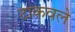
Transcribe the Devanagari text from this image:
टाकवले